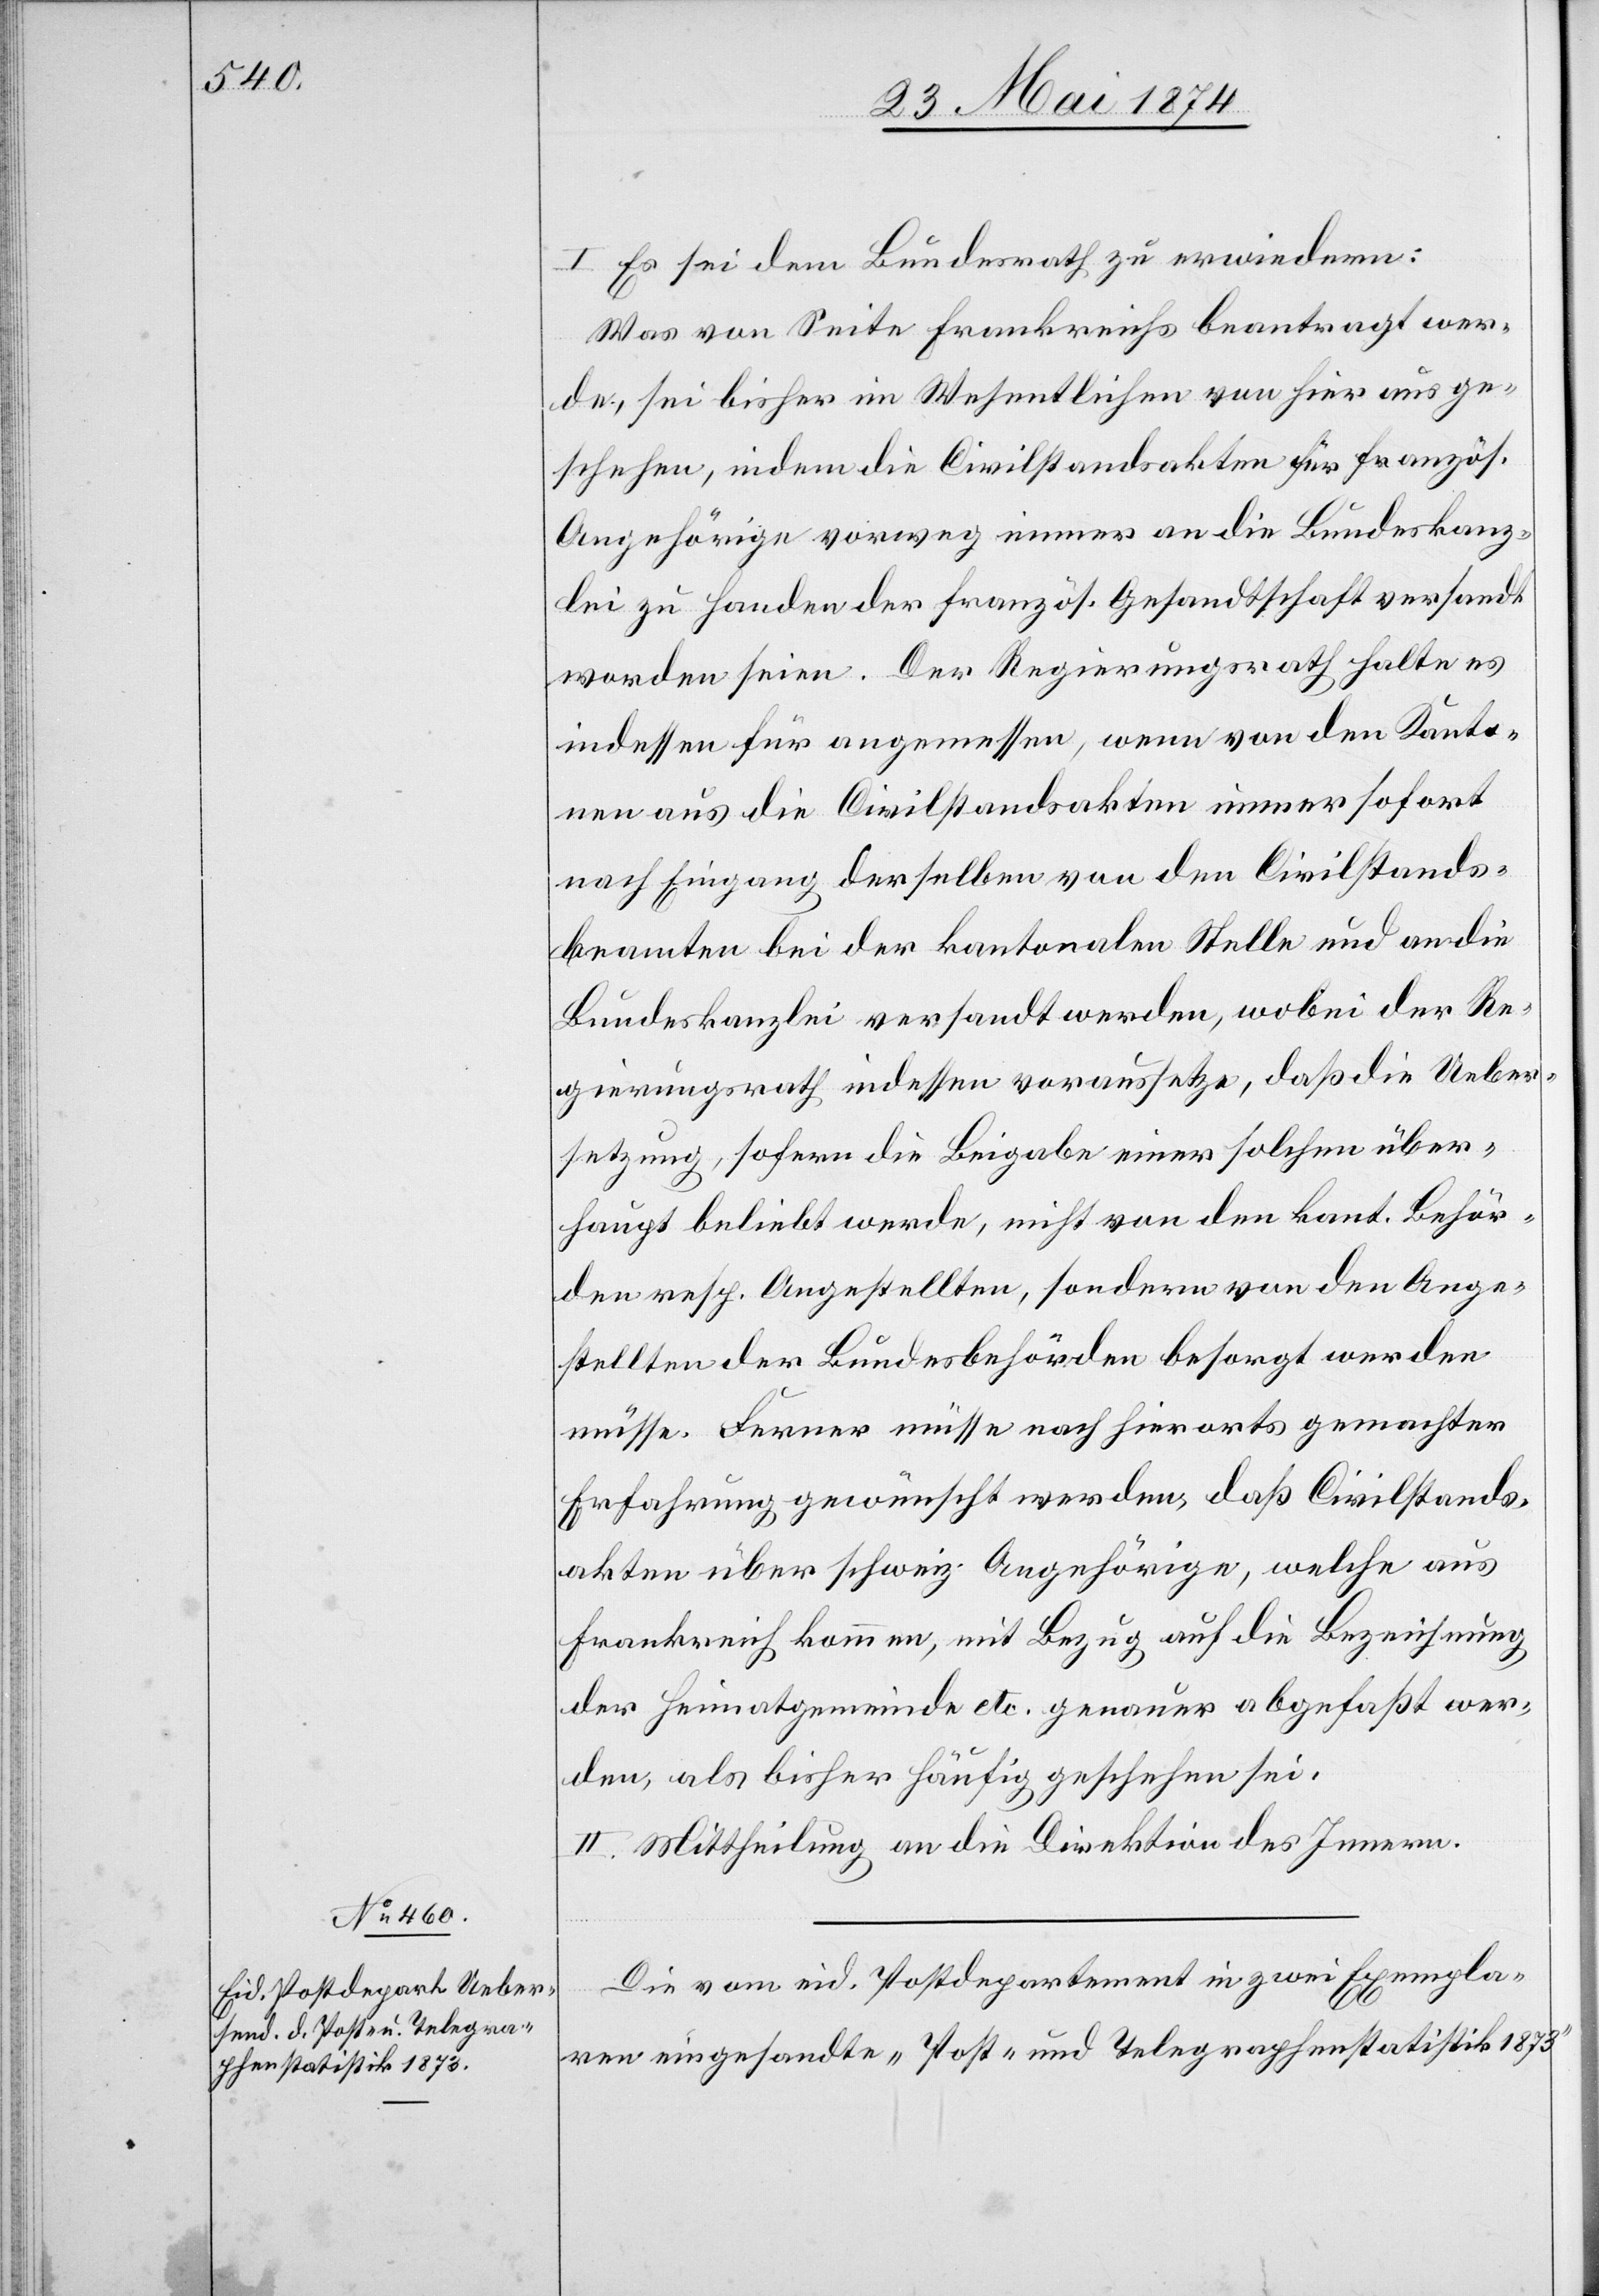
I. Es sei dem Bundesrath zu erwiedern:
Was von Seite Frankreichs beantragt wer¬
de, sei bisher im Wesentlichen von hier aus ge¬
schehen, indem die Civilstandsakten für französ.
Angehörige vorweg immer an die Bundeskanz¬
lei zu Handen der französ. Gesandtschaft versandt
worden seien. Der Regierungsrath halte es
indessen für angemessen, wenn von den Kanto¬
nen aus die Civilstandsakten immer sofort
nach Eingang derselben von den Civilstands¬
beamten bei der kantonalen Stelle und an die
Bundeskanzlei versandt werden, wobei der Re¬
gierungsrath indessen voraussetze, daß die Ueber¬
setzung, sofern die Beigabe einer solchen über¬
haupt beliebt werde, nicht von den kant. Behör¬
den resp. Angestellten, sondern von den Ange¬
stellten der Bundesbehörden besorgt werden
müsse. Ferner müsse nach hierorts gemachter
Erfahrung gewünscht werden, daß Civilstands¬
akten über schweiz. Angehörige, welche aus
Frankreich kommen, mit Bezug auf die Bezeichnung
der Heimatgemeinde etc. genauer abgefaßt wer¬
den, als bisher häufig geschehen sei.
II. Mittheilung an die Direktion des Innern.
Die vom eid. Postdepartement in zwei Exempla¬
ren eingesandte „Post- und Telegraphenstatistik 1873“